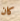
كان